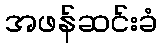
အဖန်ဆင်းခံ